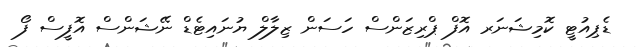
ޑެޕިއުޓީ ކޮމިޝަނަރ އޮފް ޕްރިޒަންސް ހަސަން ޒިލާލް ޔުނައިޓެޑް ނޭޝަންސް އޮފީސް ފޯ